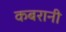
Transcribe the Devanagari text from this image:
कबरानी